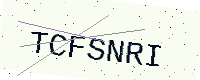
Text: TCFSNRI